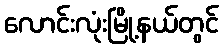
လောင်းလုံးမြို့နယ်တွင်